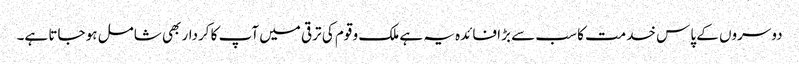
دوسروں کے پاس خدمت کا سب سے بڑا فائدہ یہ ہے ملک و قوم کی ترقی میں آپ کا کردار بھی شامل ہو جاتا ہے۔